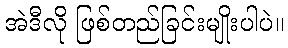
အဲဒီလို ဖြစ်တည်ခြင်းမျိုးပါပဲ။